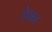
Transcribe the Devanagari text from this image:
हेफ़ा